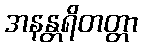
အနန္တရိတတ္တာ